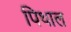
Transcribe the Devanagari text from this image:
पिथाल